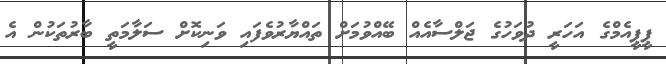
ޕީޕީއެމްގެ އަހަރީ ދުވަހުގެ ޖަލްސާއެއް ބޭއްވުމަށް ތައްޔާރުވެފައި ވަނިކޮށް ސަލާމަތީ ބާރުތަކުން އެ